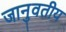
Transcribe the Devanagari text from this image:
जानुवतीय